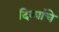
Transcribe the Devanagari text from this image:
दिव्यांचे